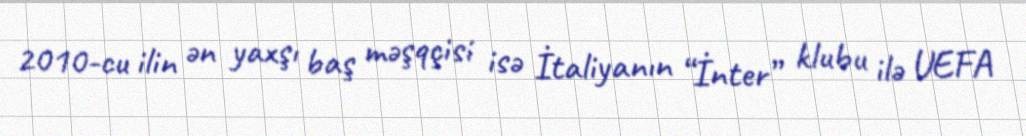
2010-cu ilin ən yaxşı baş məşqçisi isə İtaliyanın “İnter” klubu ilə UEFA